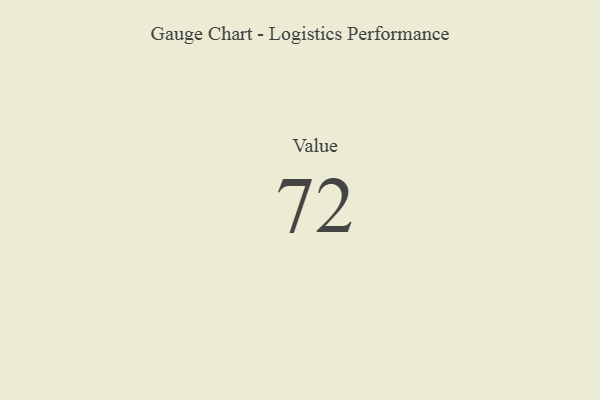
{"axis": {"x": "Metric", "y": "Value"}, "legend": [""], "data": [{"x": "Value", "y": 72, "type": ""}]}